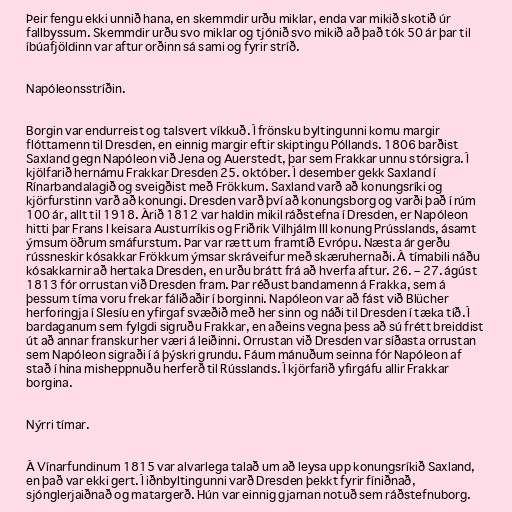
Þeir fengu ekki unnið hana, en skemmdir urðu miklar, enda var mikið skotið úr
fallbyssum. Skemmdir urðu svo miklar og tjónið svo mikið að það tók 50 ár þar til
íbúafjöldinn var aftur orðinn sá sami og fyrir stríð.

Napóleonsstríðin.

Borgin var endurreist og talsvert víkkuð. Í frönsku byltingunni komu margir
flóttamenn til Dresden, en einnig margir eftir skiptingu Póllands. 1806 barðist
Saxland gegn Napóleon við Jena og Auerstedt, þar sem Frakkar unnu stórsigra. Í
kjölfarið hernámu Frakkar Dresden 25. október. Í desember gekk Saxland í
Rínarbandalagið og sveigðist með Frökkum. Saxland varð að konungsríki og
kjörfurstinn varð að konungi. Dresden varð því að konungsborg og varði það í rúm
100 ár, allt til 1918. Árið 1812 var haldin mikil ráðstefna í Dresden, er Napóleon
hitti þar Frans I keisara Austurríkis og Friðrik Vilhjálm III konung Prússlands, ásamt
ýmsum öðrum smáfurstum. Þar var rætt um framtíð Evrópu. Næsta ár gerðu
rússneskir kósakkar Frökkum ýmsar skráveifur með skæruhernaði. Á tímabili náðu
kósakkarnir að hertaka Dresden, en urðu brátt frá að hverfa aftur. 26. – 27. ágúst
1813 fór orrustan við Dresden fram. Þar réðust bandamenn á Frakka, sem á
þessum tíma voru frekar fáliðaðir í borginni. Napóleon var að fást við Blücher
herforingja í Slesíu en yfirgaf svæðið með her sinn og náði til Dresden í tæka tíð. Í
bardaganum sem fylgdi sigruðu Frakkar, en aðeins vegna þess að sú frétt breiddist
út að annar franskur her væri á leiðinni. Orrustan við Dresden var síðasta orrustan
sem Napóleon sigraði í á þýskri grundu. Fáum mánuðum seinna fór Napóleon af
stað í hina misheppnuðu herferð til Rússlands. Í kjörfarið yfirgáfu allir Frakkar
borgina.

Nýrri tímar.

Á Vínarfundinum 1815 var alvarlega talað um að leysa upp konungsríkið Saxland,
en það var ekki gert. Í iðnbyltingunni varð Dresden þekkt fyrir fíniðnað,
sjónglerjaiðnað og matargerð. Hún var einnig gjarnan notuð sem ráðstefnuborg.